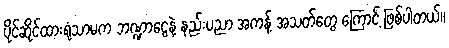
ပိုင်ဆိုင်ထားရုံသာမက ဘဏ္ဍာငွေနဲ့ နည်းပညာ အကန့် အသတ်တွေ ကြောင့် ဖြစ်ပါတယ်။